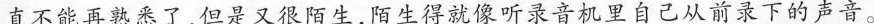
直不能再熟悉了，但是又很陌生，陌生得就像听录音机里自己从前录下的声音